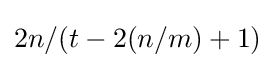
2n/(t-2(n/m)+1)